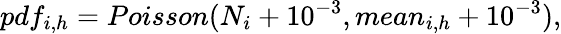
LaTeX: pdf_{i,h}=Poisson(N_{i}+10^{-3},mean_{i,h}+10^{-3}),